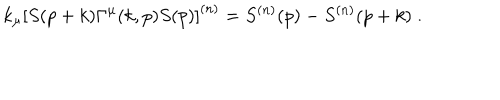
k _ { \mu } \left[ S ( p + k ) \Gamma ^ { \mu } ( k , p ) S ( p ) \right] ^ { ( n ) } = S ^ { ( n ) } ( p ) - S ^ { ( n ) } ( p + k ) \; .